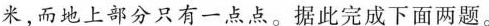
米，而地上部分只有一点点。据此完成下面两题.